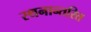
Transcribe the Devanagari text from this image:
स्थनान्तरित